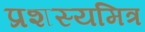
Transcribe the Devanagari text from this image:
प्रशस्यमित्र